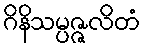
ဂိနိသမ္ပဇ္ဇလိတံ